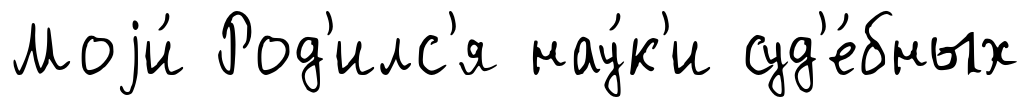
Моjи́ Род'илс'я нау́к'и суд'е́бных